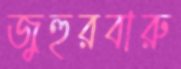
জুহুরবারু